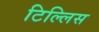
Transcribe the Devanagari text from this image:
टिल्लिस